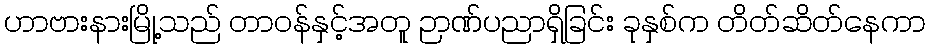
ဟာဗားနားမြို့သည် တာဝန်နှင့်အတူ ဉာဏ်ပညာရှိခြင်း ခုနှစ်က တိတ်ဆိတ်နေကာ